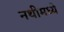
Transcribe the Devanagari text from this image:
नथीमध्ये